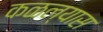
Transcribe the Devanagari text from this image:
कळल्यास